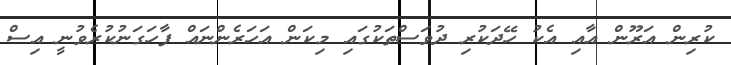
ކުރިން އަރޫން އާއި އެކު ހޭދަކުރި ދުވަސްތަކުގައި މިކަން އަހަރެންނައް ފާހަގަނުކުރެވުނީ އިސް